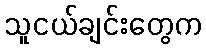
သူငယ်ချင်းတွေက